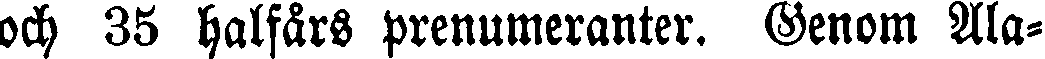
och 35 halfårs prenumeranter. Genom Ala-